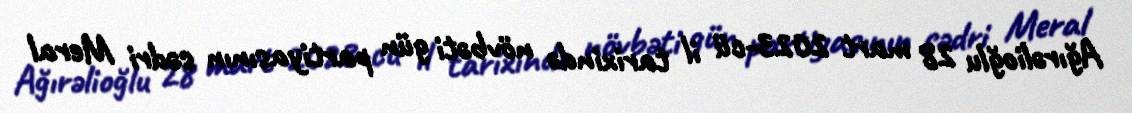
Ağırəlioğlu 28 mart 2023-cü il tarixində növbəti gün partiyasının sədri Meral